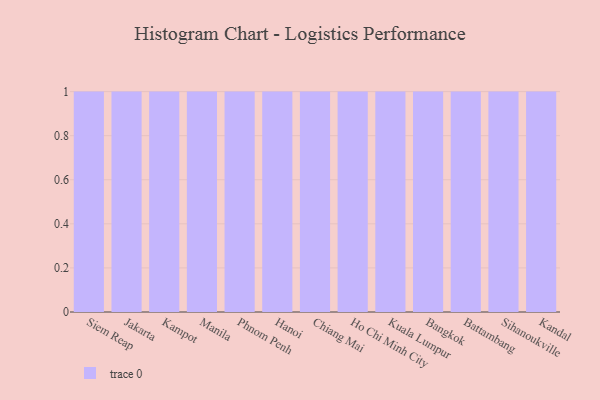
{"axis": {"x": "City", "y": "Gross Profit (USD K)"}, "legend": [""], "data": [{"x": "Siem Reap", "y": 9, "type": ""}, {"x": "Jakarta", "y": 85, "type": ""}, {"x": "Kampot", "y": 68, "type": ""}, {"x": "Manila", "y": 34, "type": ""}, {"x": "Phnom Penh", "y": 26, "type": ""}, {"x": "Hanoi", "y": 67, "type": ""}, {"x": "Chiang Mai", "y": 25, "type": ""}, {"x": "Ho Chi Minh City", "y": 56, "type": ""}, {"x": "Kuala Lumpur", "y": 83, "type": ""}, {"x": "Bangkok", "y": 37, "type": ""}, {"x": "Battambang", "y": 84, "type": ""}, {"x": "Sihanoukville", "y": 10, "type": ""}, {"x": "Kandal", "y": 21, "type": ""}]}